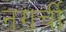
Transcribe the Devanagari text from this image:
नगर्ची